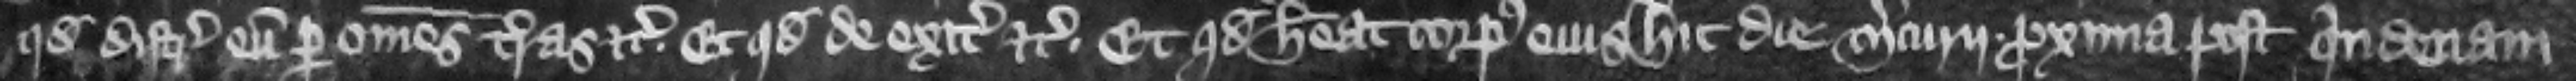
quod distringat eum per omnes terras etc. et quod de exitibus etc. et quod habeat corpus eius hic die Mercurii proxima post quindenam